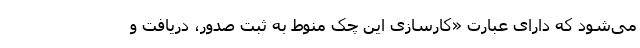
می‌شود که دارای عبارت «کارسازی این چک منوط به ثبت صدور، دریافت و